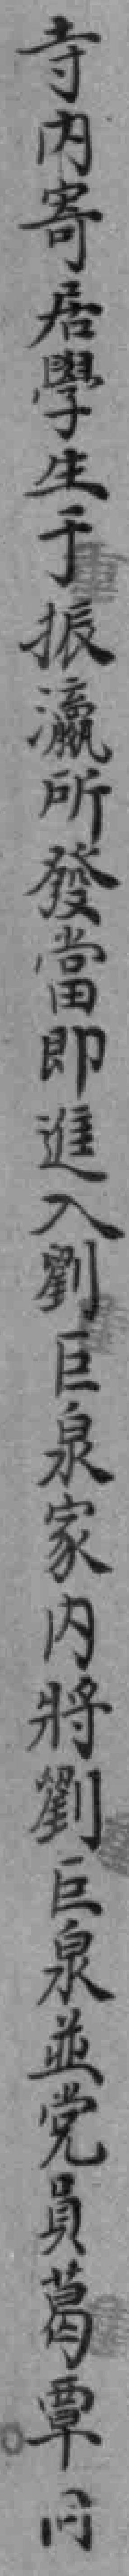
寺内寄居學生于振瀛所發當即進入劉巨泉家內將劉巨泉並党員葛覃同